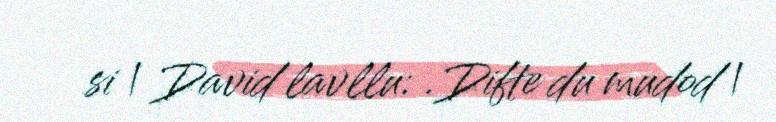
si | David lavllu: .Difte du mudod |